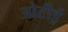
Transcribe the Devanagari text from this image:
ओटीई